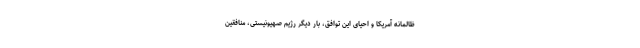
ظالمانه آمریکا و احیای این توافق، بار دیگر رژیم صهیونیستی، منافقین